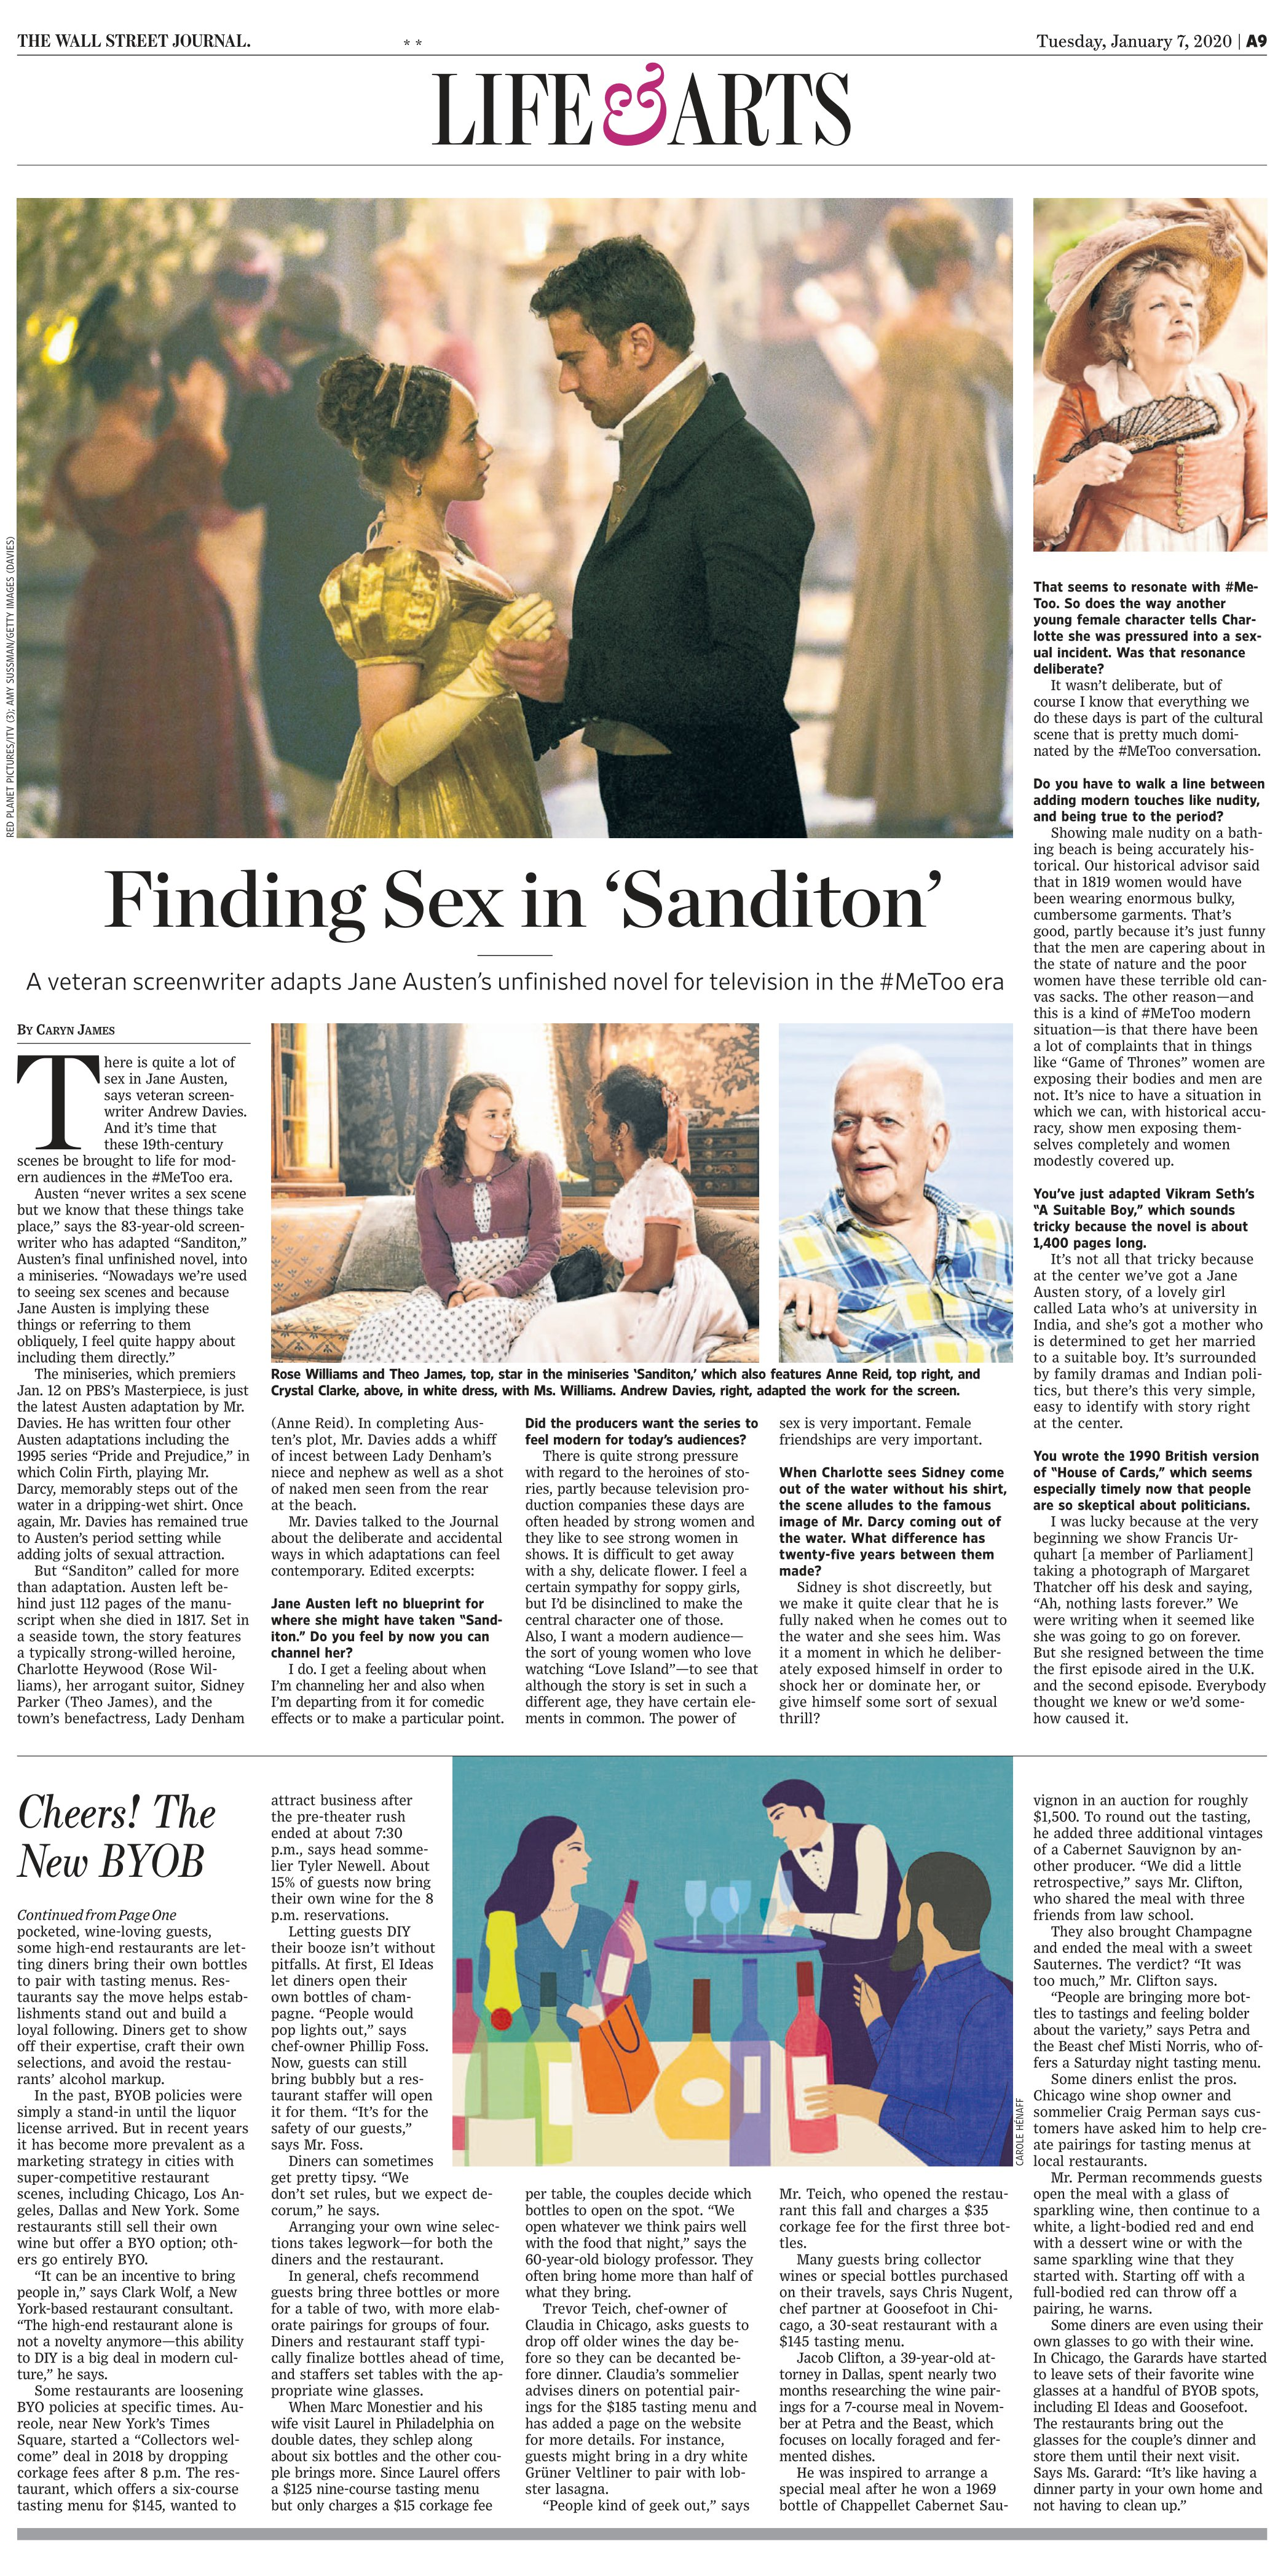
Language: en